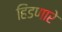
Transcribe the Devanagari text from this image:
हिंडणारे